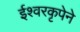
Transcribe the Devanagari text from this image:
ईश्वरकृपेने